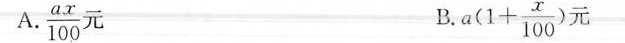
A.\frac{ax}{100}元 B. $$a ( 1 + \frac { x } { 1 0 0 } )$$ 元